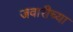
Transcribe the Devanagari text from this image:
जवारीच्या